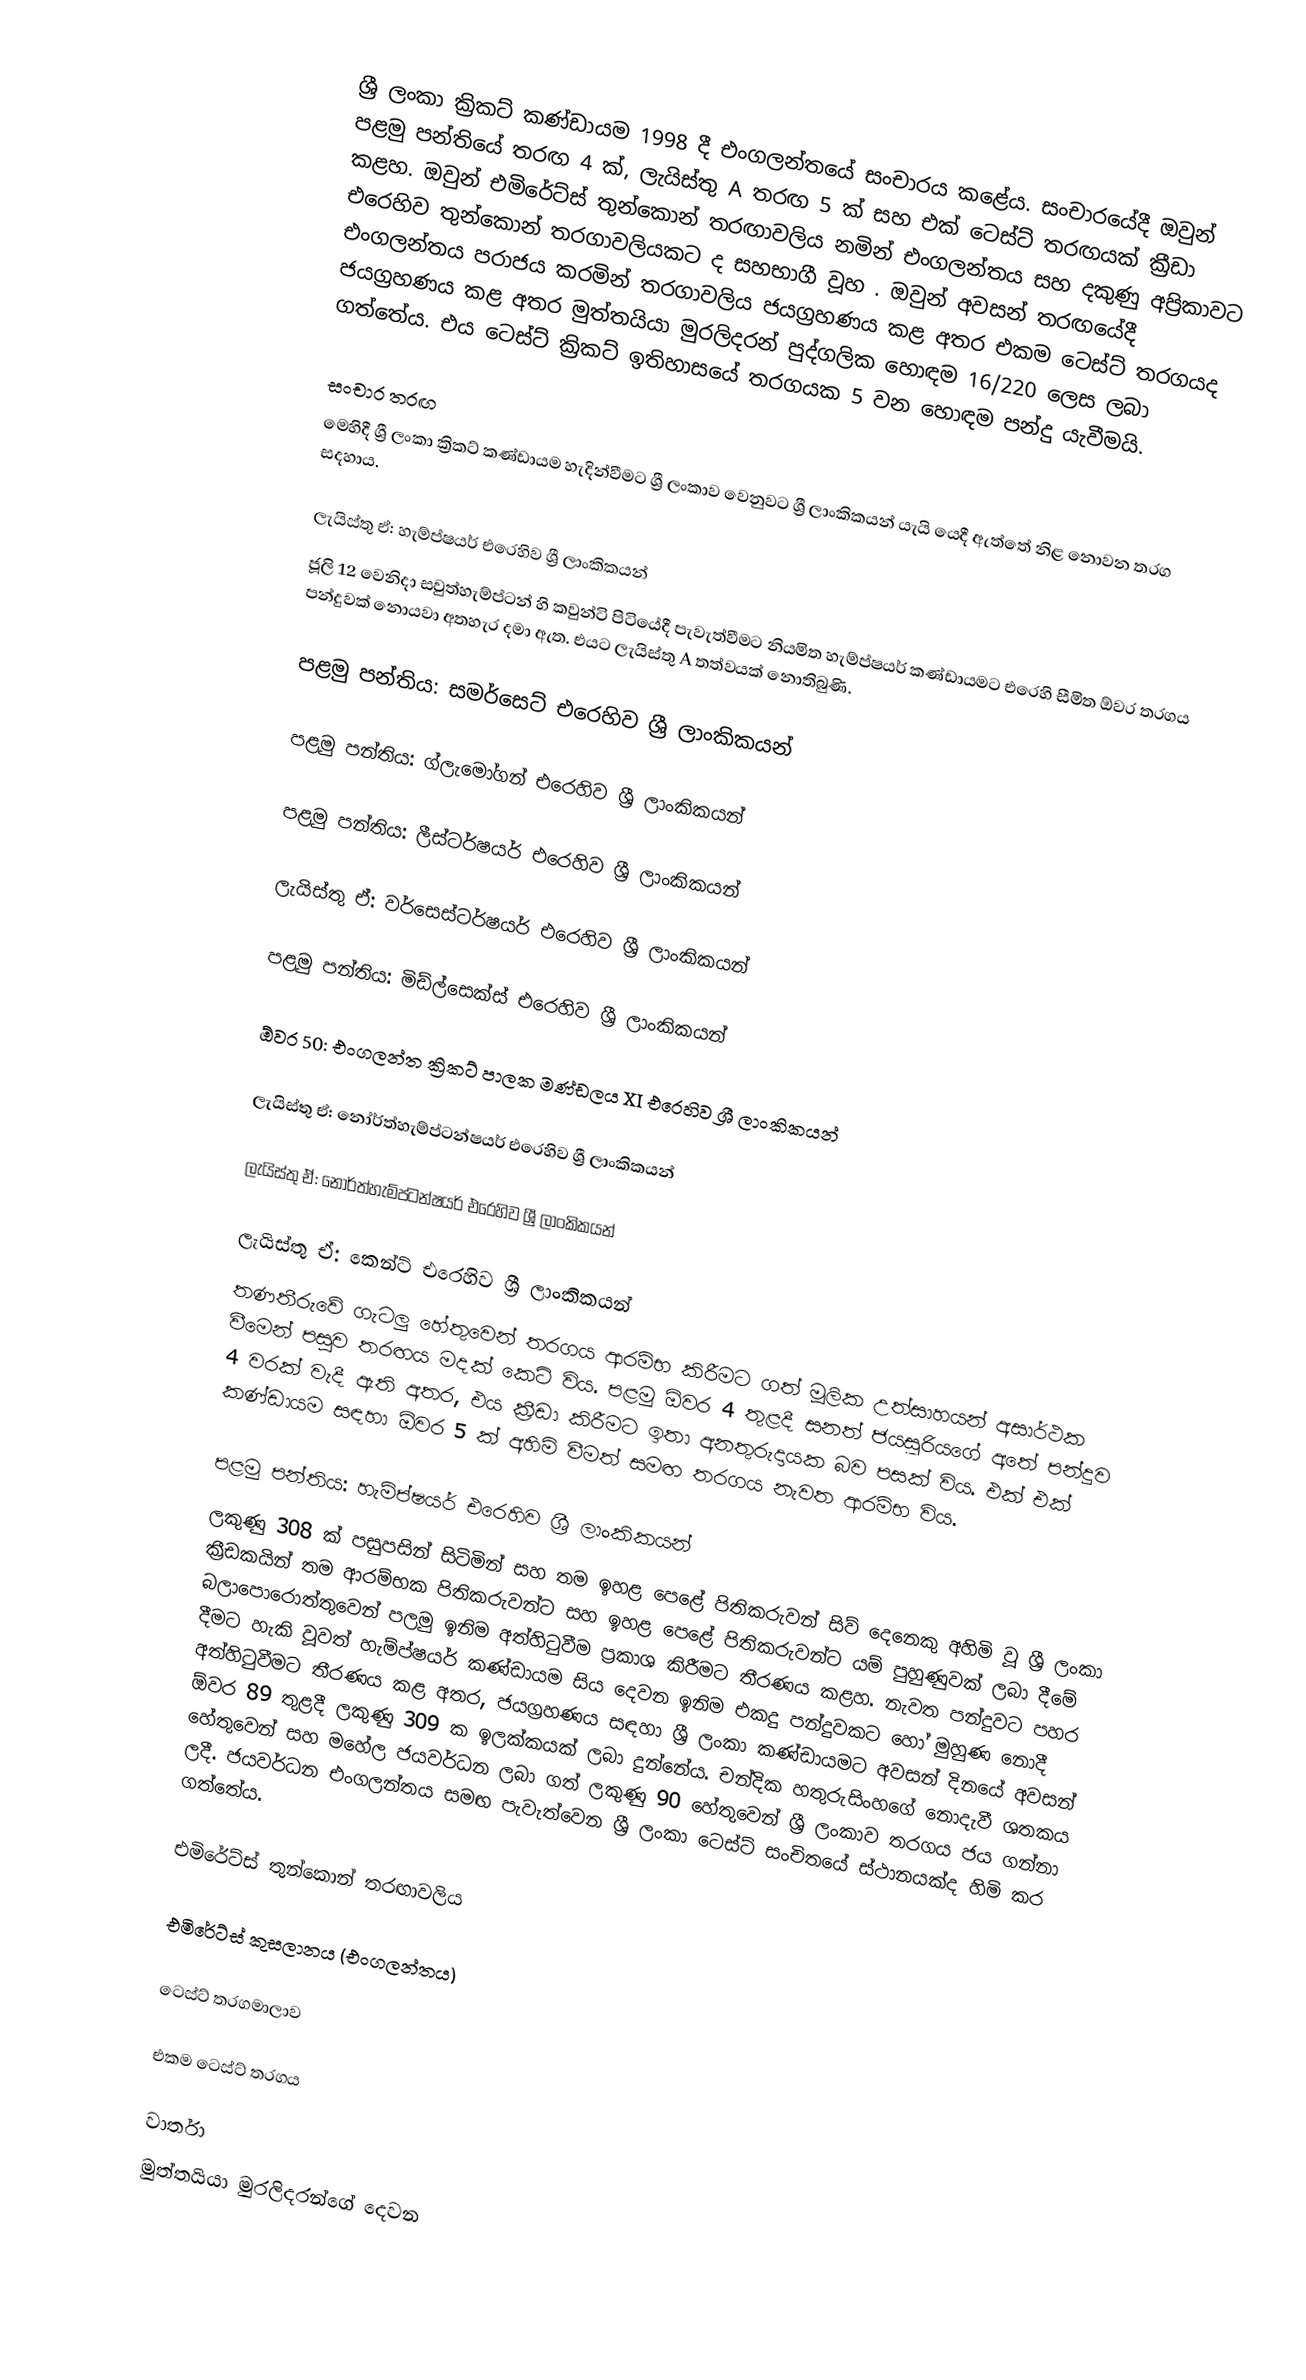
ශ්‍රී ලංකා ක්‍රිකට් කණ්ඩායම 1998 දී එංගලන්තයේ සංචාරය කළේය. සංචාරයේදී ඔවුන් පළමු පන්තියේ තරඟ 4 ක්, ලැයිස්තු A තරඟ 5 ක් සහ එක් ටෙස්ට් තරඟයක් ක්‍රීඩා කළහ. ඔවුන් එමිරේට්ස් තුන්කොන් තරඟාවලිය නමින් එංගලන්තය සහ දකුණු අප්‍රිකාවට එරෙහිව තුන්කොන් තරගාවලියකට ද සහභාගී වූහ . ඔවුන් අවසන් තරඟයේදී එංගලන්තය පරාජය කරමින් තරගාවලිය ජයග්‍රහණය කළ අතර එකම ටෙස්ට් තරගයද ජයග්‍රහණය කළ අතර මුත්තයියා මුරලිදරන් පුද්ගලික හොඳම 16/220 ලෙස ලබා ගත්තේය. එය ටෙස්ට් ක්‍රිකට් ඉතිහාසයේ තරගයක 5 වන හොඳම පන්දු යැවීමයි.

සංචාර තරඟ
මෙහිදී ශ්‍රී ලංකා ක්‍රිකට් කණ්ඩායම හැදින්වීමට ශ්‍රී ලංකාව වෙනුවට ශ්‍රී ලාංකිකයන් යැයි යෙදී ඇත්තේ නිළ නොවන තරග සදහාය.

ලැයිස්තු ඒ: හැම්ප්ෂයර් එරෙහිව ශ්‍රී ලාංකිකයන්
ජූලි 12 වෙනිදා සවුත්හැම්ප්ටන් හි කවුන්ටි පිටියේදී පැවැත්වීමට නියමිත හැම්ප්ෂයර් කණ්ඩායමට එරෙහි සීමිත ඕවර තරගය පන්දුවක් නොයවා අතහැර දමා ඇත. එයට ලැයිස්තු A තත්වයක් නොතිබුණි.

පළමු පන්තිය: සමර්සෙට් එරෙහිව ශ්‍රී ලාංකිකයන්

පළමු පන්තිය: ග්ලැමෝගන් එරෙහිව ශ්‍රී ලාංකිකයන්

පළමු පන්තිය: ලීස්ටර්ෂයර් එරෙහිව ශ්‍රී ලාංකිකයන්

ලැයිස්තු ඒ: වර්සෙස්ටර්ෂයර් එරෙහිව ශ්‍රී ලාංකිකයන්

පළමු පන්තිය: මිඩ්ල්සෙක්ස් එරෙහිව ශ්‍රී ලාංකිකයන්

ඕවර 50: එංගලන්ත ක්‍රිකට් පාලක මණ්ඩලය XI එරෙහිව ශ්‍රී ලාංකිකයන්

ලැයිස්තු ඒ: නෝර්ත්හැම්ප්ටන්ෂයර් එරෙහිව ශ්‍රී ලාංකිකයන්

ලැයිස්තු ඒ: නෝර්ත්හැම්ප්ටන්ෂයර් එරෙහිව ශ්‍රී ලාංකිකයන්

ලැයිස්තු ඒ: කෙන්ට් එරෙහිව ශ්‍රී ලාංකිකයන්
තණතීරුවේ ගැටලු හේතුවෙන් තරගය ආරම්භ කිරීමට ගත් මූලික උත්සාහයන් අසාර්ථක වීමෙන් පසුව තරඟය මදක් කෙටි විය. පළමු ඕවර 4 තුළදී සනත් ජයසූරියගේ අතේ පන්දුව 4 වරක් වැදී ඇති අතර, එය ක්‍රීඩා කිරීමට ඉතා අනතුරුදායක බව පසක් විය. එක් එක් කණ්ඩායම සඳහා ඕවර 5 ක් අහිමි වීමත් සමඟ තරගය නැවත ආරම්භ විය.

පළමු පන්තිය: හැම්ප්ෂයර් එරෙහිව ශ්‍රී ලාංකිකයන්
ලකුණු 308 ක් පසුපසින් සිටිමින් සහ තම ඉහළ පෙළේ පිතිකරුවන් සිව් දෙනෙකු අහිමි වූ ශ්‍රී ලංකා ක්‍රීඩකයින් තම ආරම්භක පිතිකරුවන්ට සහ ඉහළ පෙළේ පිතිකරුවන්ට යම් පුහුණුවක් ලබා දීමේ බලාපොරොත්තුවෙන් පලමු ඉනිම අත්හිටුවීම ප්‍රකාශ කිරීමට තීරණය කළහ. නැවත පන්දුවට පහර දීමට හැකි වූවත් හැම්ප්ෂයර් කණ්ඩායම සිය දෙවන ඉනිම එකදු පන්දුවකට හෝ මුහුණ නොදී අත්හිටුවීමට තීරණය කළ අතර, ජයග්‍රහණය සඳහා ශ්‍රී ලංකා කණ්ඩායමට අවසන් දිනයේ අවසන් ඕවර 89 තුළදී ලකුණු 309 ක ඉලක්කයක් ලබා දුන්නේය. චන්දික හතුරුසිංහගේ නොදැවී ශතකය හේතුවෙන් සහ මහේල ජයවර්ධන ලබා ගත් ලකුණු 90 හේතුවෙන් ශ්‍රී ලංකාව තරගය ජය ගන්නා ලදී. ජයවර්ධන එංගලන්තය සමඟ පැවැත්වෙන ශ්‍රී ලංකා ටෙස්ට් සංචිතයේ ස්ථානයක්ද හිමි කර ගත්තේය.

එමිරේට්ස් තුන්කොන් තරඟාවලිය

 එමිරේට්ස් කුසලානය (එංගලන්තය)

ටෙස්ට් තරගමාලාව

එකම ටෙස්ට් තරගය

වාර්තා
මුත්තයියා මුරලිදරන්ගේ දෙවන